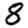
Digit: 8